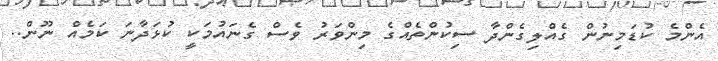
އެންމެ ކުޑަމިނުން ގެއްލިގެންދާ ސިކުންތެއްގެ މިންވަރު ވެސް ގެނައުމަކީ ކުޅަދާނަ ކަމެއް ނޫން..